Lunatic asylums Madras 1892-1911 - 1892-1911
Year: 1892
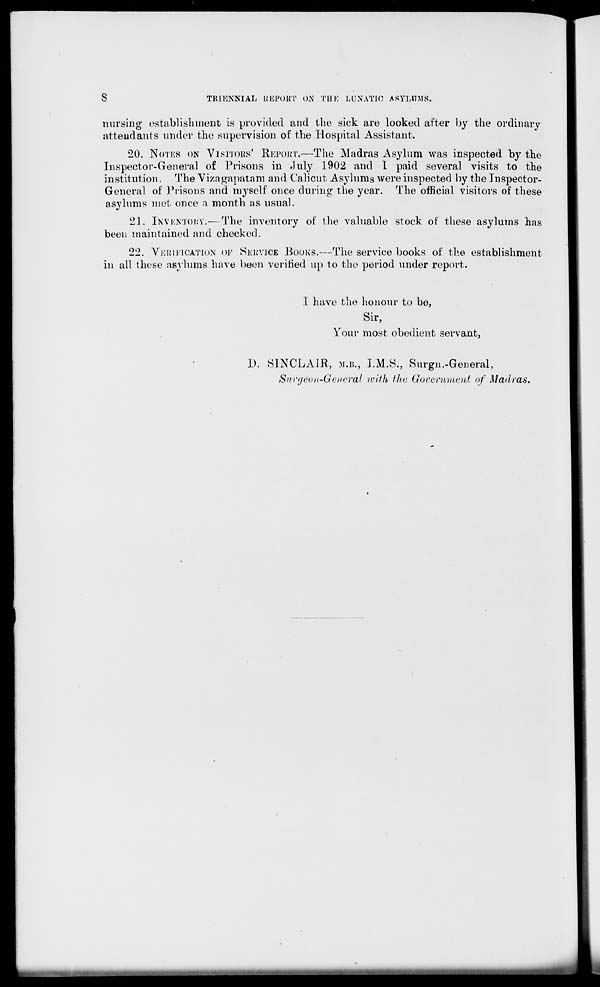
8
TRIENNIAL LiEPOBT ON THE LUNATIC ASYLUMS.
nursing establishment is provided and the sick are looked after by the ordinary
attendants under the supervision of the Hospital Assistant.
20. NOTES ON VISITORS' REPORT.—The Madras Asylum was inspected by the
Inspector-General of Prisons in July 1902 and I paid several visits to the
institution. The Yi/ngapatam and Calicut Asylums were inspected by the Inspector-
General of Prisons and myself once during the year. The official visitors of these
asylums met once a month as usual.
21. INVKNTOIJV.— The inventory of the valuable stock of these asylums has
been maintained and checked.
22. VERIFICATION OF SERVICE BOOKS.—The service books of the establishment
in all these asylums have been verified up to the period under report.
I have the honour to be,
Sir,
Your most obedient servant,
D. SINCLAIR, M.B., I.M.S., Surgn.-General,
Surgeon-General luith the Government of Madras.